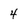
Character: 4